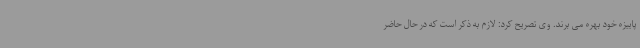
پاییزه خود بهره می برند. وی تصریح کرد: لازم به ذکر است که در حال حاضر